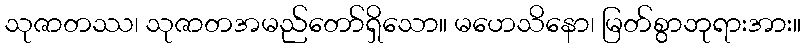
သုဇာတဿ၊ သုဇာတအမည်တော်ရှိသော။ မဟေသိနော၊ မြတ်စွာဘုရားအား။